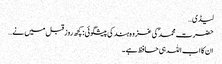
لیڈی…
حضرت محمد ؐ کی غزوہ ہند کی پیشگوئی : کچھ روز قبل میں نے…
ان کا اب اللہ ہی حافظ ہے ۔